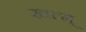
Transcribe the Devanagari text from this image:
खत्म्